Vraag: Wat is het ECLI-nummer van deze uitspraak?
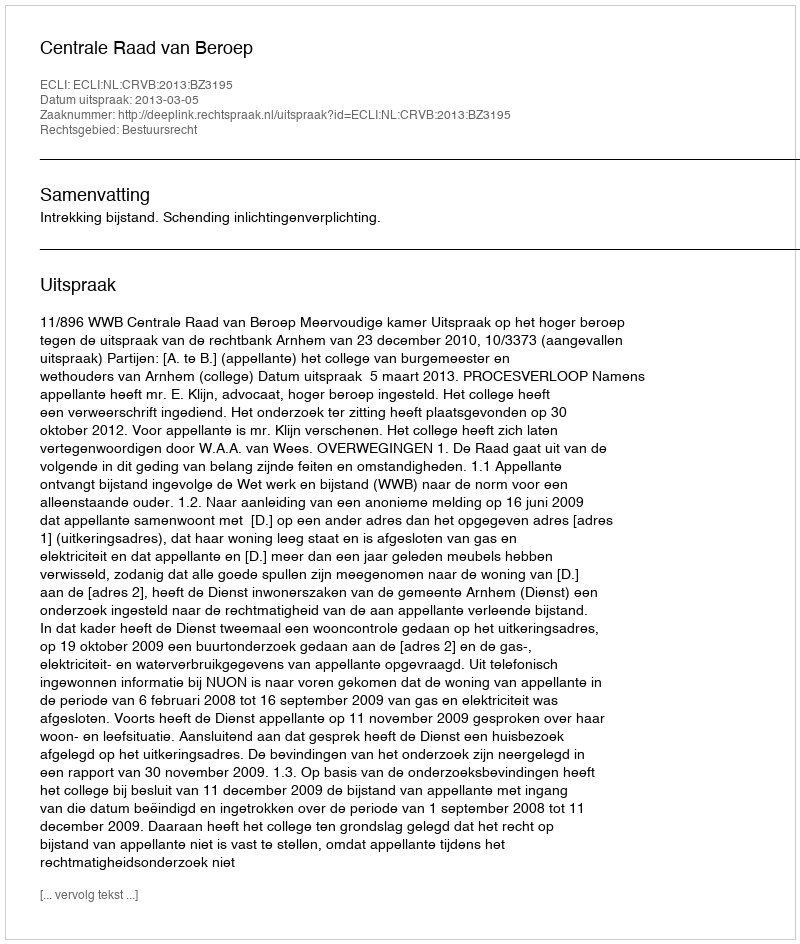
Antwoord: ECLI:NL:CRVB:2013:BZ3195